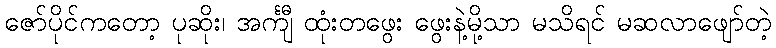
ဇော်ပိုင်ကတော့ ပုဆိုး၊ အင်္ကျီ ထုံးတဖွေး ဖွေးနဲ့မို့သာ မသိရင် မဆလာဖျော်တဲ့